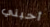
أحبني